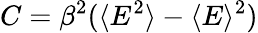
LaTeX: C=\beta^{2}(\langle E^{2}\rangle-\langle E\rangle^{2})